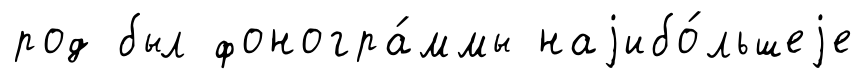
род был фоногра́ммы наjибо́льшеjе